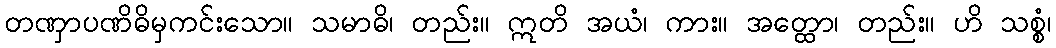
တဏှာပဏိဓိမှကင်းသော။ သမာဓိ၊ တည်း။ ဣတိ အယံ၊ ကား။ အတ္ထော၊ တည်း။ ဟိ သစ္စံ၊